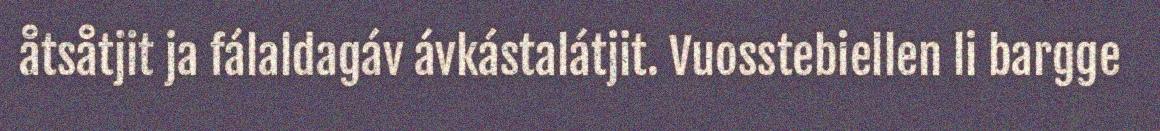
åtsåtjit ja fálaldagáv ávkástalátjit. Vuosstebiellen li bargge